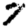
Digit: 7